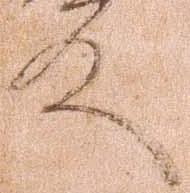
殿